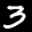
Digit: 3